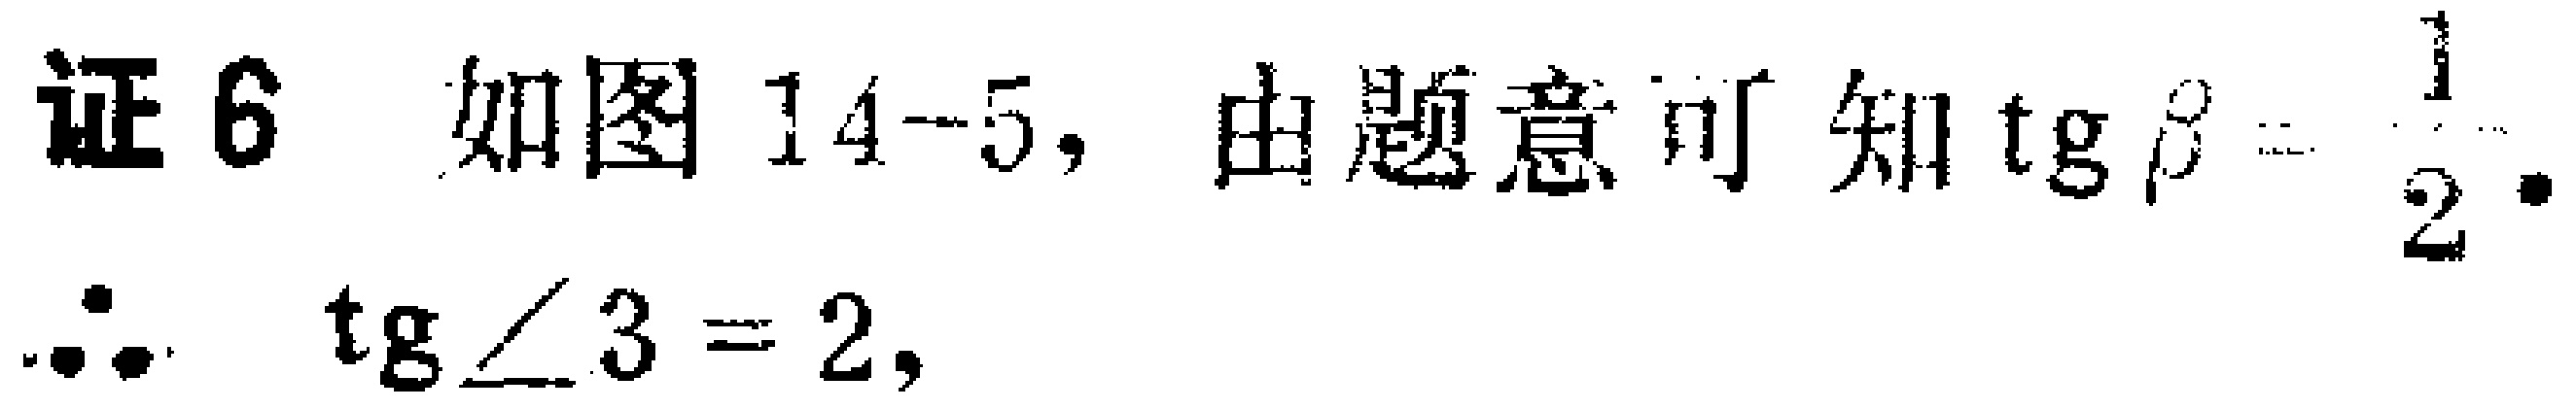
证 6 如图 14-5, 由题意可知$\mathrm{tg}\beta=\frac{1}{2}$.

$\therefore \mathrm{tg}\angle 3 = 2$,